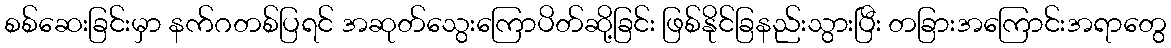
စစ်ဆေးခြင်းမှာ နက်ဂတစ်ပြရင် အဆုတ်သွေးကြောပိတ်ဆို့ခြင်း ဖြစ်နိုင်ခြနည်းသွားပြီး တခြားအကြောင်းအရာတွေ